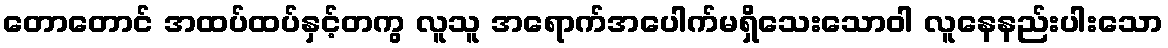
တောတောင် အထပ်ထပ်နှင့်တကွ လူသူ အရောက်အပေါက်မရှိသေးသောဝါ လူနေနည်းပါးသော